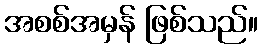
အစစ်အမှန် ဖြစ်သည်။